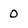
Character: 0